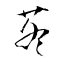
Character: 苳